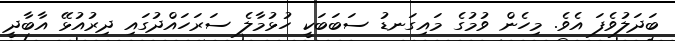
ބަދަލުވެފަ އެވެ. މިހެން ވުމުގެ މައިގަނޑު ސަބަބަކީ ހުޅުމާލެ ސަރަހައްދުގައި ދިރުއުޅޭ އާބާދީ